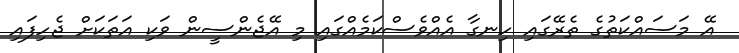
އޭ މަސައްކަތުގެ ތެރޭގައި ހިނގާ އެއްވެސްކަމެއްގައި މި އޭޖެންސީން ވަކި އަތަކަށް ޖެހިފައި